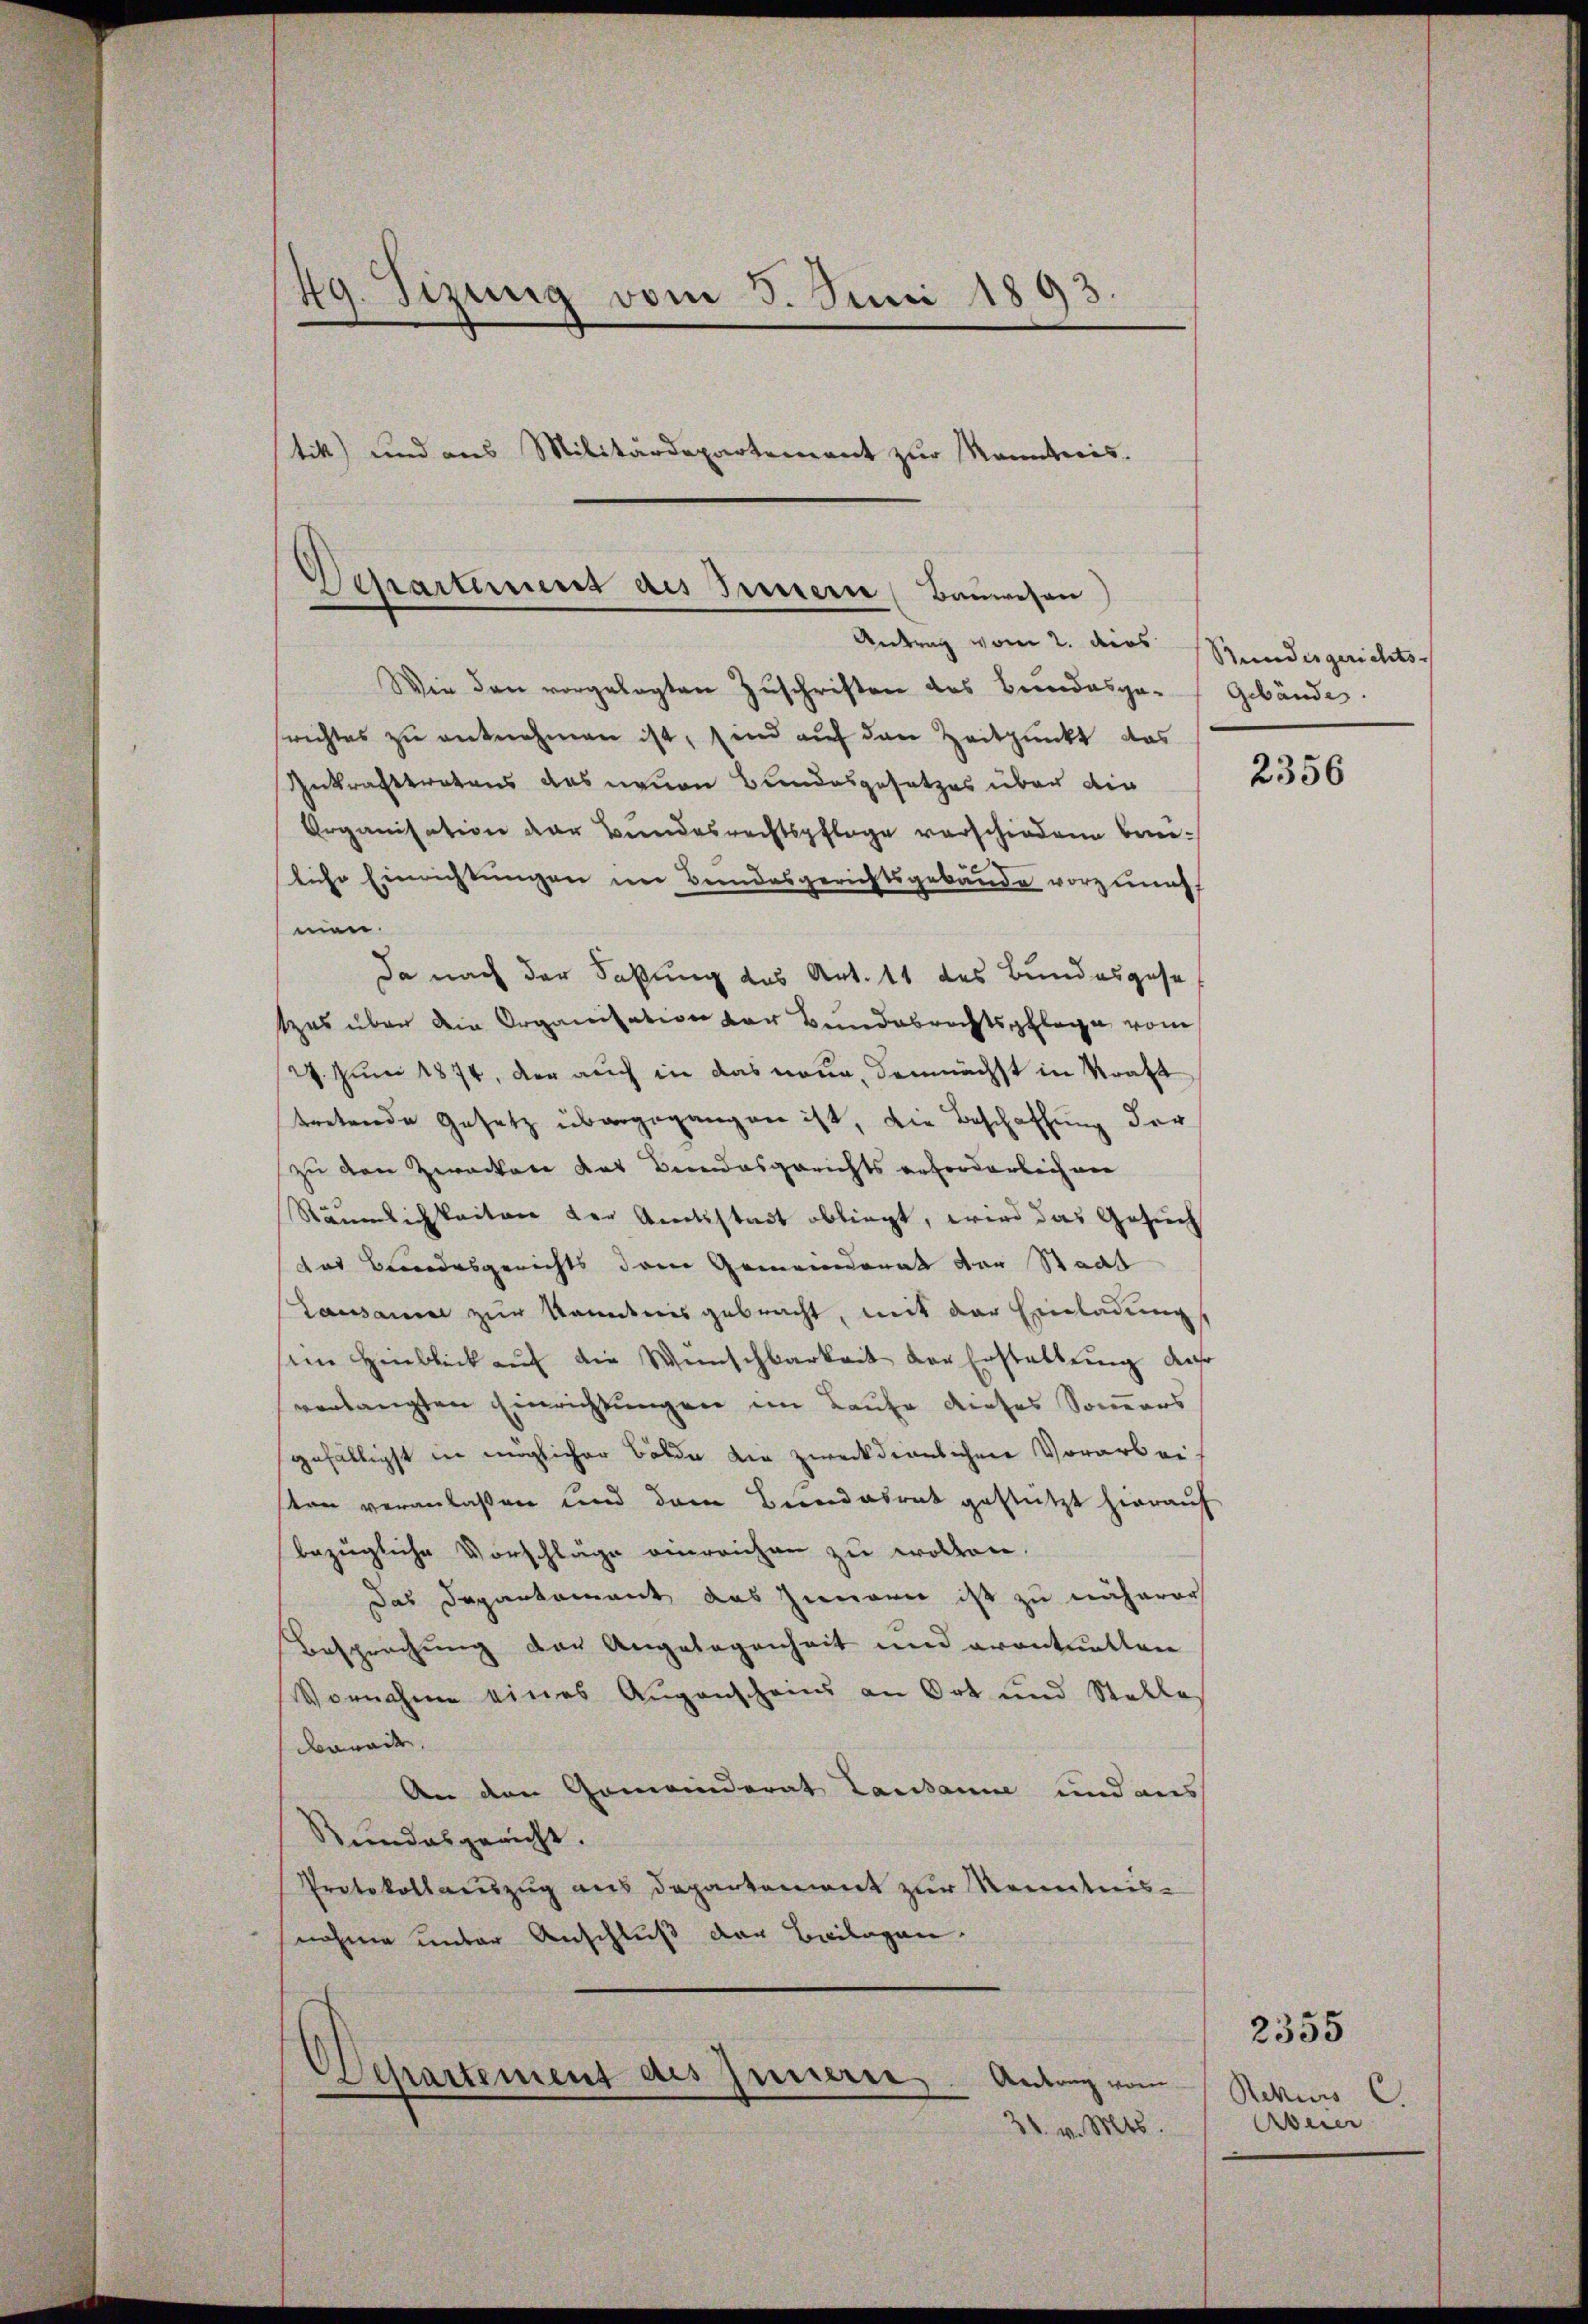
49. Sizung vom 3. Juni 1893.
tik) und aus Militärdepartement zur Kenntnis.

Schartemens des Innern (Bauwesen

Antrag vom 2. dies
Wie den vorgelegten Zuschriften des Bundesge-Gebäudes.
srichtes zu entnehmen ist, sind auf den Zeitpunkt das
Inkrafttretens das neuen Bundesgesetzes über die
Organisation der Bundesrechtspflege verschiedene Bauliche Einrichtungen im Bundesgerichtsgebäude vorzuneh
men.
Da nach der Faßung des Art. 11 des Bundesgese
tzes über die Organisation der Bundebrechtspflege vom
24. Juni 1874, der auch in das neue, demnächst in Kraft
tretende Gesetz übergegangen ist, die Beschaffung der
zu den Zwecken das Bundesgerichts erforderlich ver
Räumlichkeiten der Amtsstadt obliegt, wird das Gesuch
das Brodesgerichts dem Gemeinderat der Staat
Lausanne zur kanntnis gebracht, mit der Einladung
iin Hinblick auf die Wünschbarkeit der Erstattung des
verlangten Einrichtungen im Laufe dieses Somers
gefälligst in möglicher Bälde die zweckdienlichen Vorarbeisten veranlaßen und dem Berndesrat gestützt hierauf
bezügliche Vorschläge einreichen zu wollen.
Das Departement das Zimmern ist zu näherer
Besprechung der Angelegenheit und eventuellene
Vornahme eines Augenscheins an Ort und Stelles
bereit
An den Gemeinderat Lausanne und aus
Rundesgericht.
Protokollauszug aus Departement zur Kenntnis-
nahme unter Anschluß der Beilagen.
Departement des Innern
Antrag vom
21. v. Mts.

Bundesgerichts-

2356

2355
Rekurs C
Auer